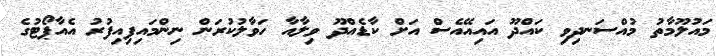
މައުލޫމާތު މުއްސަނދިވި ކައްދޫ އައިއޭއެސް އަށް ކާޑެއްދޫ ވިލާއާ ހަވާލުކުރަން ނިންމައިފިއިފުރު އެއާޕޯޓުގެ